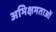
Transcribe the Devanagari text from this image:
अभिक्षमताओं